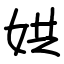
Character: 娂